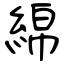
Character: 綿